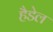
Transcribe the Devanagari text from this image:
हैडेल